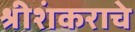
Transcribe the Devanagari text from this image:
श्रीशंकराचे